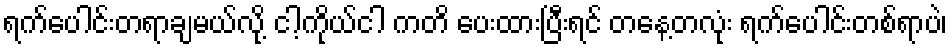
ရက်ပေါင်းတရာချမယ်လို့ ငါ့ကိုယ်ငါ ကတိ ပေးထားပြီးရင် တနေ့တလုံး ရက်ပေါင်းတစ်ရာပဲ၊